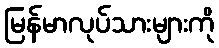
မြန်မာလုပ်သားများကို